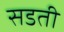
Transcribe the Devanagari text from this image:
सडती